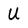
Character: U